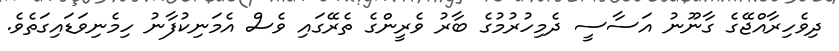
ދިވެހިރާއްޖޭގެ ގާނޫނު އަސާސީ ދެމިހުރުމުގެ ބާރު ވެރީންގެ ތެރޭގައި ވެސް އެމަނިކުފާނު ހިމެނިވަޑައިގަތެވެ.